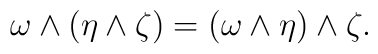
\omega \wedge (\eta \wedge \zeta ) = (\omega \wedge \eta ) \wedge \zeta .